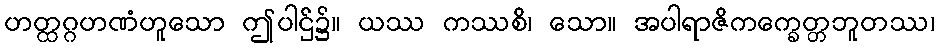
ဟတ္ထဂ္ဂဟဏံဟူသော ဤပါဌ်၌။ ယဿ ကဿစိ၊ သော။ အပါရာဇိကက္ခေတ္တဘူတဿ၊